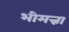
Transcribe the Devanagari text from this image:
भीमन्ना